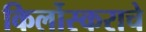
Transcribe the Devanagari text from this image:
किर्लोस्कराचे